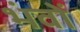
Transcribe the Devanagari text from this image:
भंवों